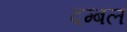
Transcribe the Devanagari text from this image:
दम्बल